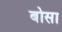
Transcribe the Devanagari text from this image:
बोसा